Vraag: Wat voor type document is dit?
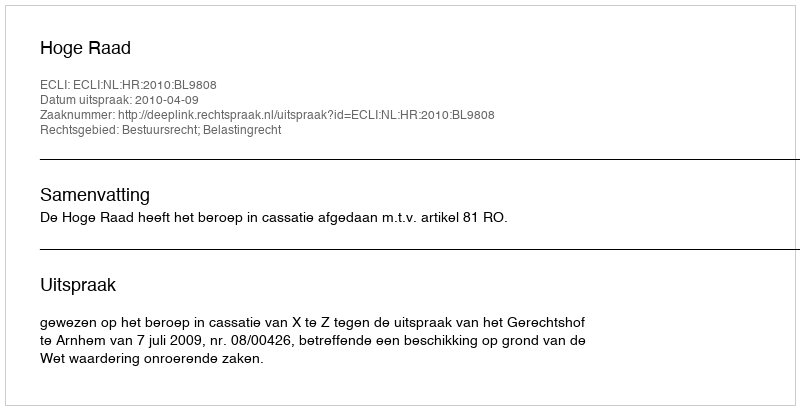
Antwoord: Uitspraak